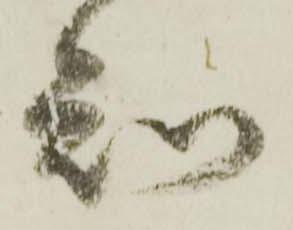
知